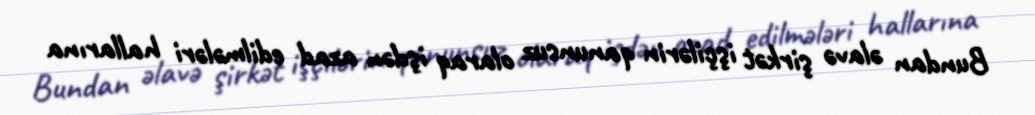
Bundan əlavə şirkət işçilərin qanunsuz olaraq işdən azad edilmələri hallarına